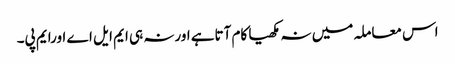
اس معاملہ میں نہ مکھیا کام آتاہے اورنہ ہی ایم ایل اے اورایم پی۔